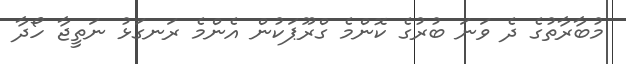
މުބާރާތުގެ ދެ ވަނަ ބުރުގެ ކޮންމެ ގްރޫޕަކުން އެންމެ ރަނގަޅު ނަތީޖާ ހޯދާ